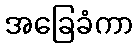
အခြေခံကာ